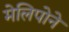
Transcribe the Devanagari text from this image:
मेलिपोने